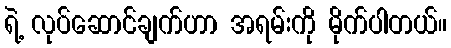
ရဲ့ လုပ်ဆောင်ချက်ဟာ အရမ်းကို မိုက်ပါတယ်။